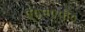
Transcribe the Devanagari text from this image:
ए०ए०पी०